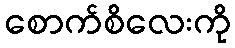
စောက်စိလေးကို